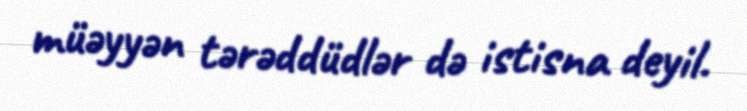
müəyyən tərəddüdlər də istisna deyil.